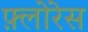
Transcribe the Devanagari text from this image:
फ़्लोरेस